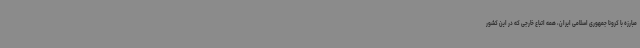
مبارزه با کرونا جمهوری اسلامی ایران، همه اتباع خارجی که در این کشور